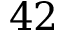
4 2